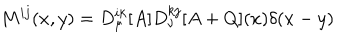
LaTeX: M ^ { i j } ( x , y ) = D _ { \mu } ^ { i k } [ A ] D _ { \nu } ^ { k j } [ A + Q ] ( x ) \delta ( x - y )